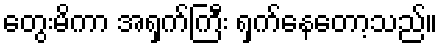
တွေးမိကာ အရှက်ကြီး ရှက်နေတော့သည်။